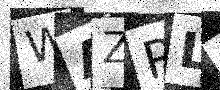
Text: WAZRLQ